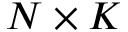
N \times K